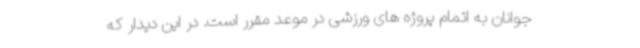
جوانان به اتمام پروژه های ورزشی در موعد مقرر است. در این دیدار که